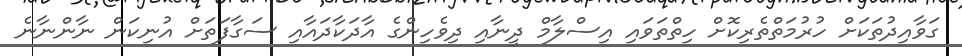
ގަވާއިދުތަކަށް ހުރުމަތްތެރިކޮށް ހިތްތަވައި އިސްލާމް ދީނާއި ދިވެހިންގެ އާދަކާދައާއި ސަގާފަތަށް އުނިކަން ނާންނާނެ